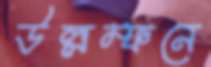
উল্লম্ফনে